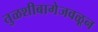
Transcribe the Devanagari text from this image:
तुळशीबागेजवळून